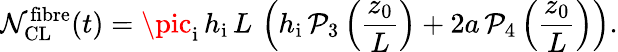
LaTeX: \mathcal{N}_{\mathrm{{CL}}}^{\mathrm{{fibre}}}(t)=\pic_{\mathrm{{i}}}\, h_{\mathrm{{i}}}\, L\, \left(h_{\mathrm{{i}}}\, \mathcal{{P}}_{3}\left(\frac{{z_{0}}}{{L}}\right)+2a\, \mathcal{{P}}_{4}\left(\frac{{z_{0}}}{{L}}\right)\right).